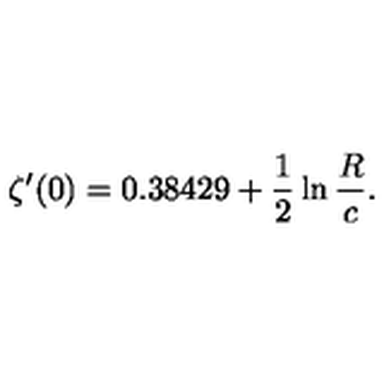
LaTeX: \zeta ^ { \prime } ( 0 ) = 0 . 3 8 4 2 9 + \frac { 1 } { 2 } \ln \frac { R } { c } .